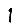
Digit: 1